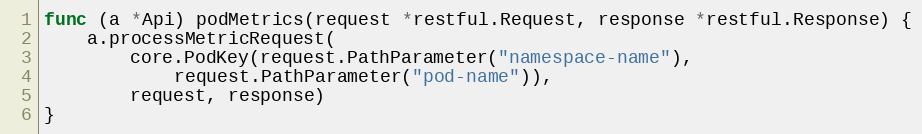
Language: Go
func (a *Api) podMetrics(request *restful.Request, response *restful.Response) {
	a.processMetricRequest(
		core.PodKey(request.PathParameter("namespace-name"),
			request.PathParameter("pod-name")),
		request, response)
}